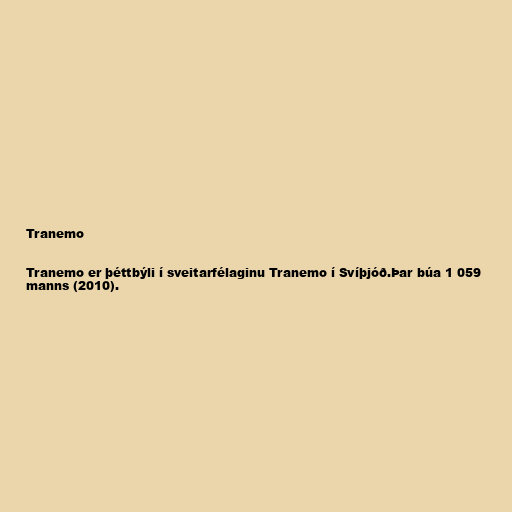
Tranemo

Tranemo er þéttbýli í sveitarfélaginu Tranemo í Svíþjóð.Þar búa 1 059
manns (2010).